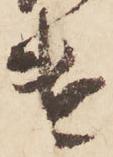
遣